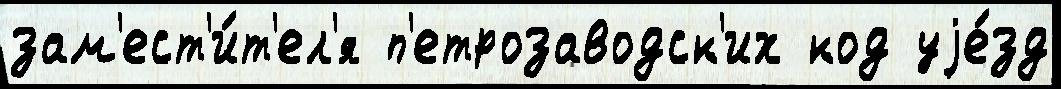
зам'ест'и́т'ел'я п'етрозаводск'их код уjе́зд